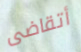
أتقاضى